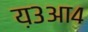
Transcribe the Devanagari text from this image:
य़३आ४